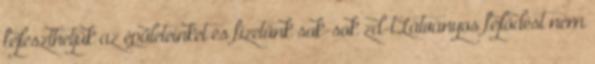
fejleszthetjük az épületeinket és fizetünk sok-sok zd-t.Látványos fejlődést nem